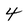
Character: 4